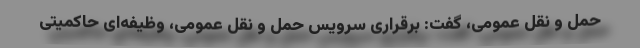
حمل و نقل عمومی، گفت: برقراری سرویس حمل و نقل عمومی، وظیفه‌ای حاکمیتی